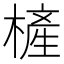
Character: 㯆